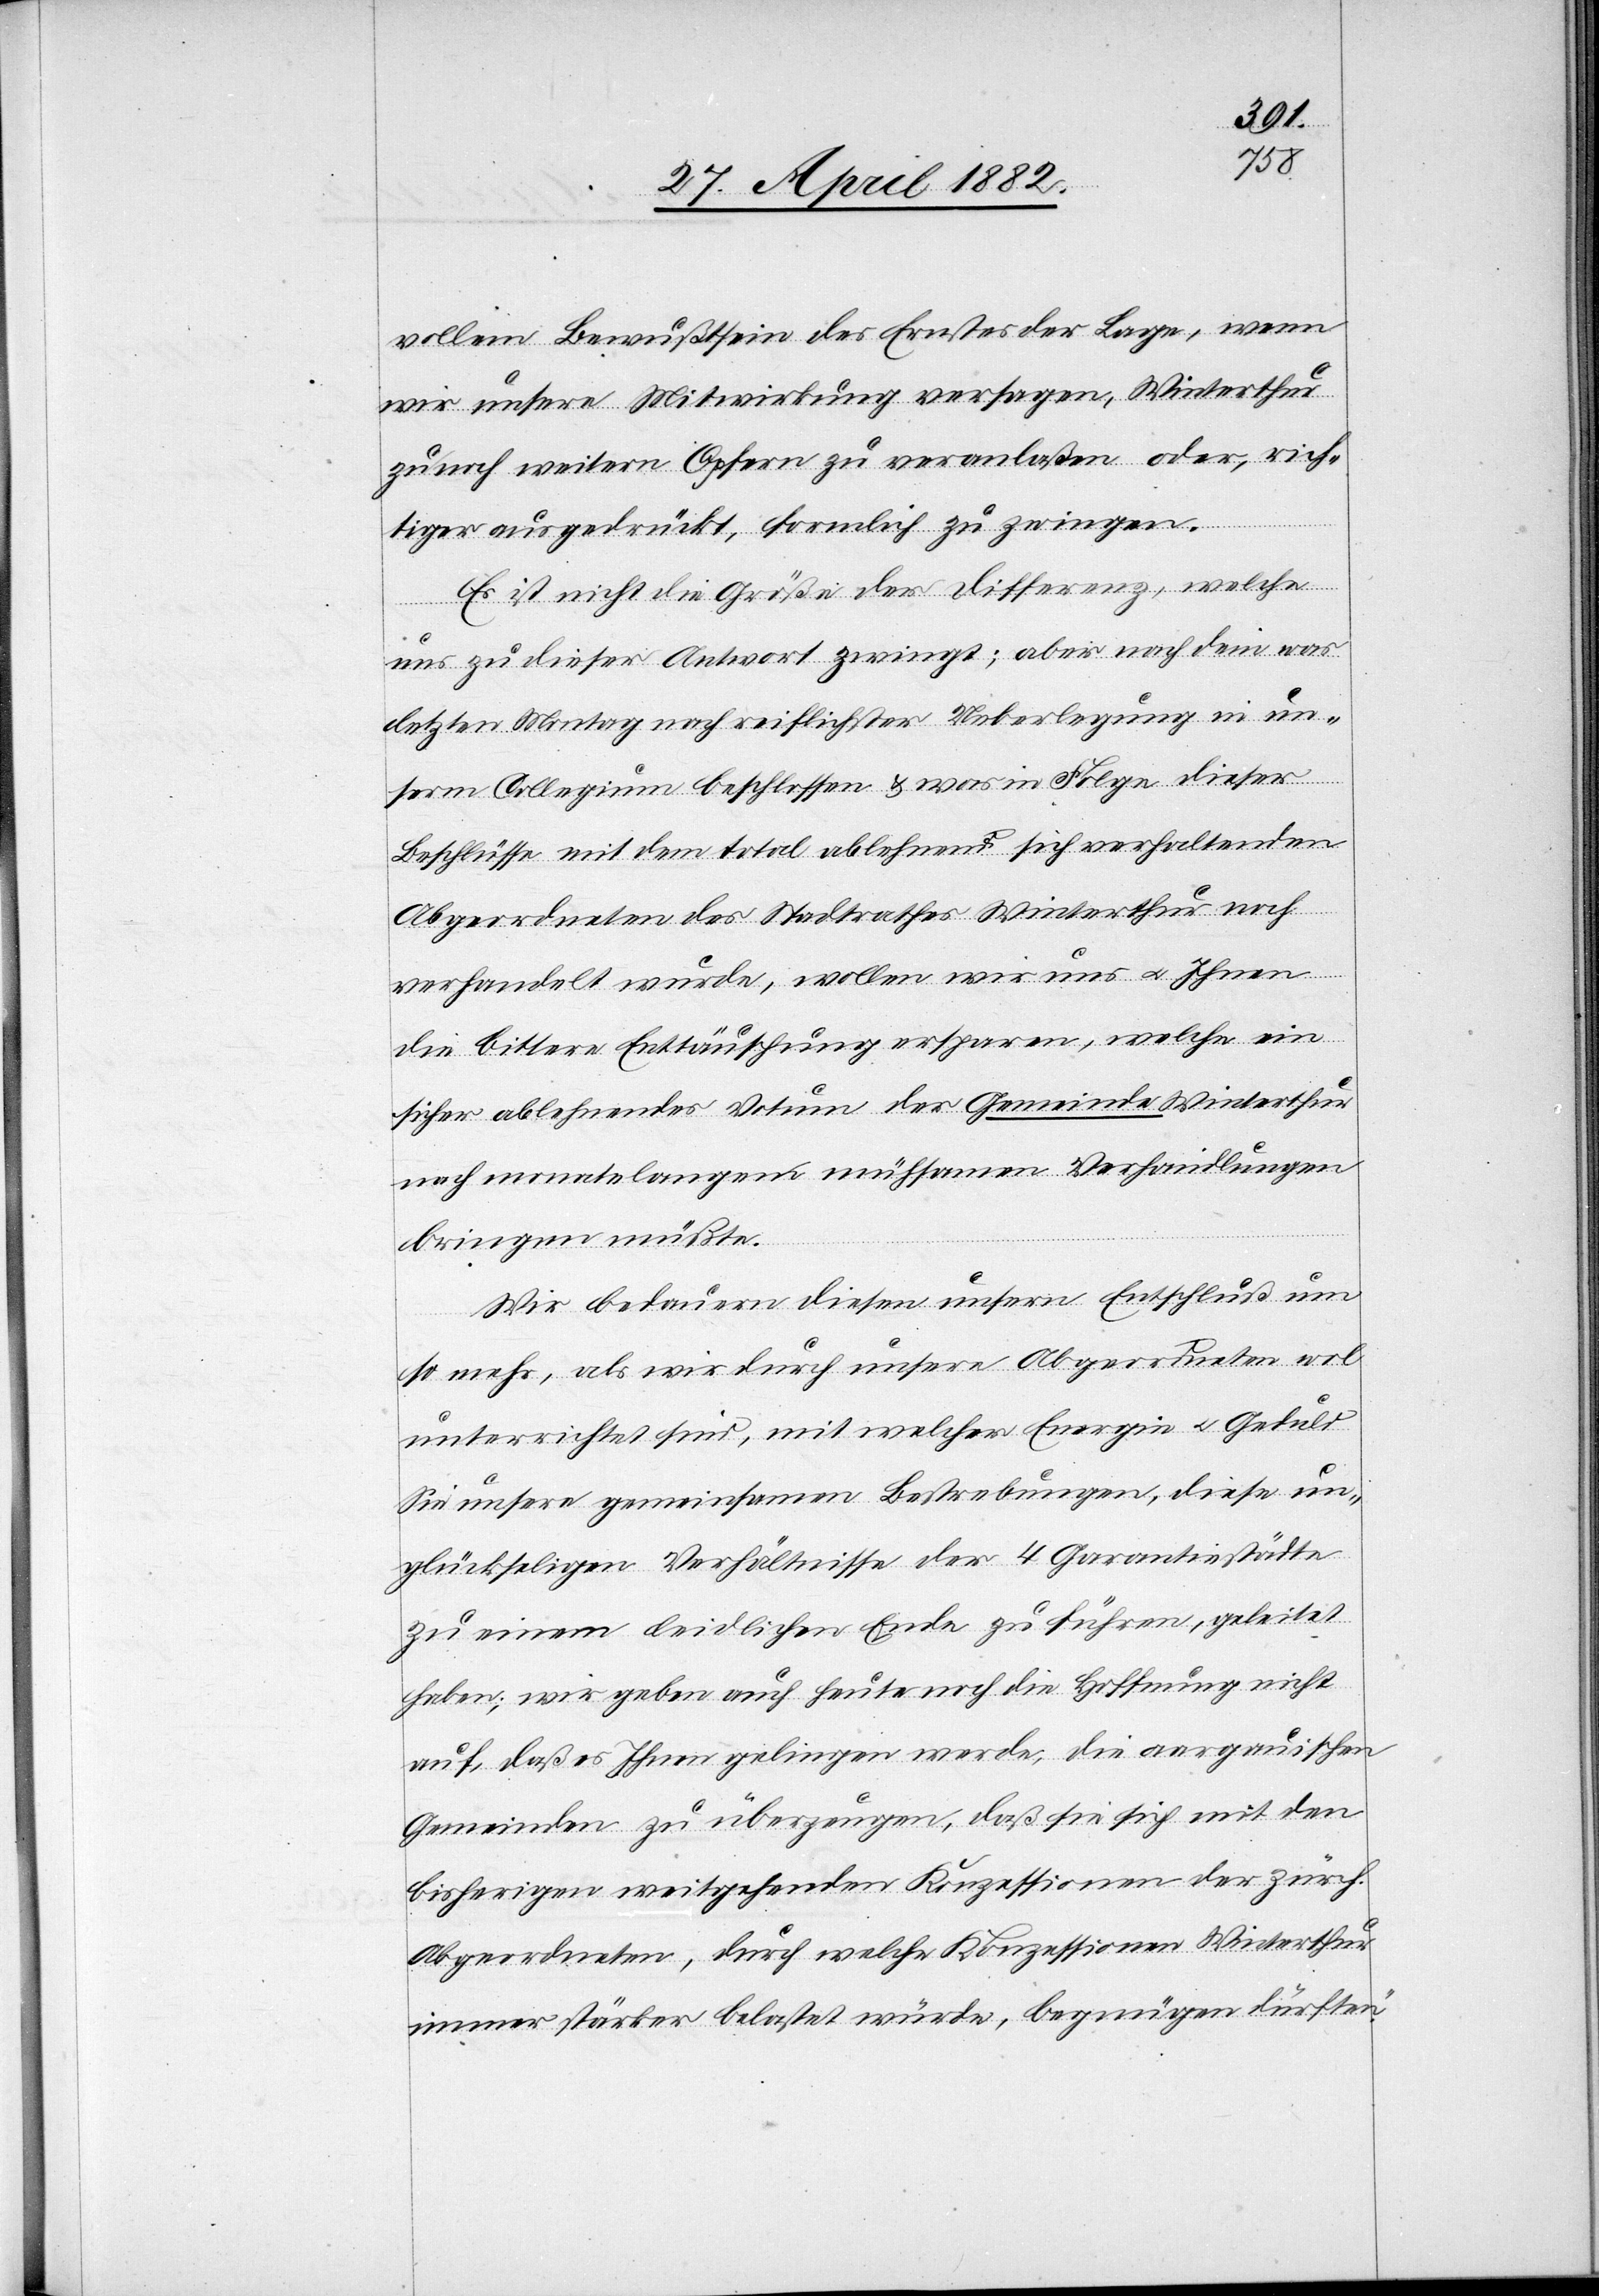
vollem [sic!] Bewußtsein des Ernstes der Lage, wenn
wir unsere Mitwirkung versagen, Winterthur
zu noch weiteren Opfern zu veranlaßen oder, rich¬
tiger ausgedrückt, förmlich zu zwingen.
Es ist nicht die Größe der Differenz, welche
uns zu dieser Antwort zwingt; aber nach dem was
letzten Montag nach reiflicher Ueberlegung in un¬
serm Collegium beschlossen & was in Folge dieser
Beschlüsse mit dem total ablehnend sich verhaltenden
Abgeordneten des Stadtrathes Winterthur noch
verhandelt wurde, wollen wir uns u. Ihnen
die bittere Enttäuschung ersparen, welche ein
sicher ablehnendes Votum der Gemeinde Winterthur
nach monatelangem [sic!] mühsamen Verhandlungen
bringen müßte.
Wir bedauern diesen unsern Entschluß um
so mehr, als wir durch unsere Abgeordneten wol
unterrichtet sind, mit welcher Energie u. Geduld
Sie unsere gemeinsamen Bestrebungen, diese un¬
glücklichen Verhältnisse der 4 Garantiestädte
zu einem leidlichen Ende zu führen, geleitet
haben; wir geben auch heute noch die Hoffnung nicht
auf, daß es Ihnen gelingen werde, die aargauischen
Gemeinden zu überzeugen, daß sie sich mit den
bisherigen weitgehenden Konzessionen der zürch.
Abgeordneten, durch welche Konzessionen Winterthur
immer stärker belastet würde, begnügen dürften.“